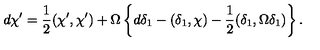
d \chi ^ { \prime } = { \frac { 1 } { 2 } } ( \chi ^ { \prime } , \chi ^ { \prime } ) + \Omega \left\{ d \delta _ { 1 } - ( \delta _ { 1 } , \chi ) - { \frac { 1 } { 2 } } ( \delta _ { 1 } , \Omega \delta _ { 1 } ) \right\} .